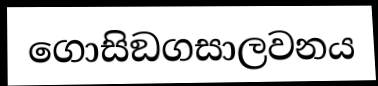
ගොසිඞගසාලවනය